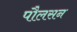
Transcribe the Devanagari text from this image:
पौलसन